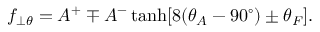
f _ { \perp \theta } = A ^ { + } \mp A ^ { - } \operatorname { t a n h } [ 8 ( \theta _ { A } - 9 0 ^ { \circ } ) \pm \theta _ { F } ] .